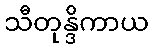
သီတုန္ဒိကာယ